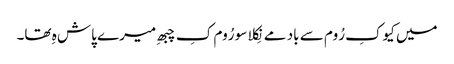
میں کیوکِ رُوم سے باد مے نِکلا سو رُوم کِ چبھِ میرے پاش ہِ تھا۔